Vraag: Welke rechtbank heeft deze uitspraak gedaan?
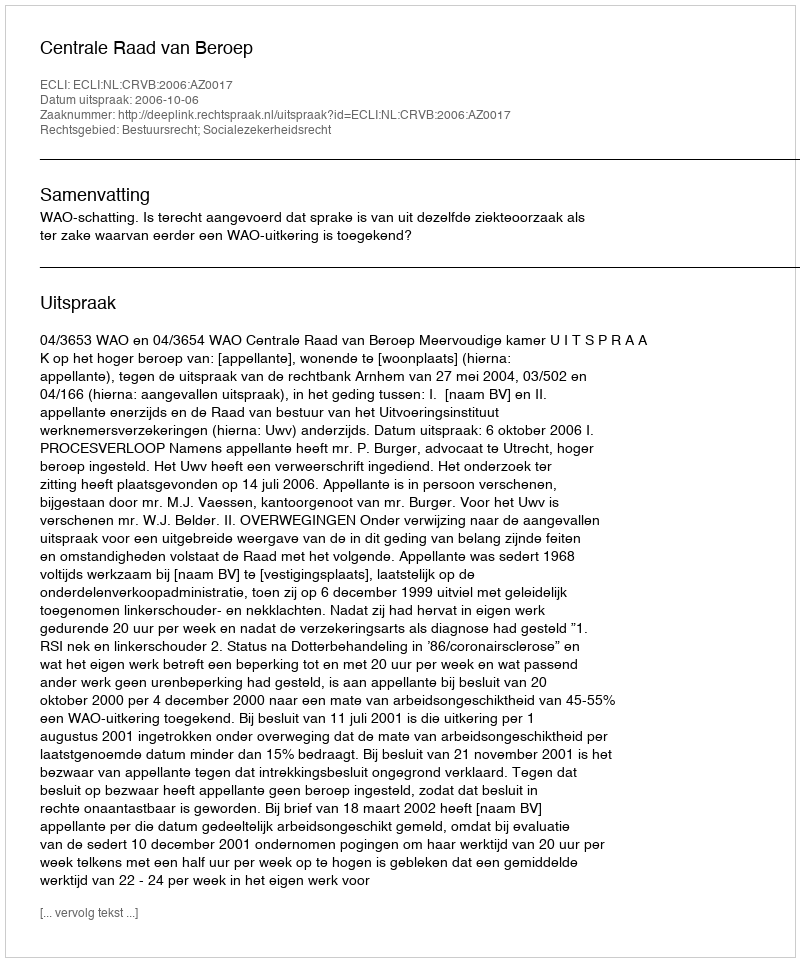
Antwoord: Centrale Raad van Beroep